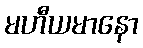
မဟီယမာနော